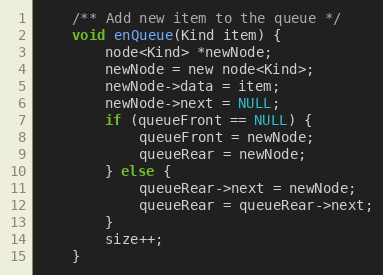
Language: C
    /** Add new item to the queue */
    void enQueue(Kind item) {
        node<Kind> *newNode;
        newNode = new node<Kind>;
        newNode->data = item;
        newNode->next = NULL;
        if (queueFront == NULL) {
            queueFront = newNode;
            queueRear = newNode;
        } else {
            queueRear->next = newNode;
            queueRear = queueRear->next;
        }
        size++;
    }